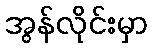
အွန်လိုင်းမှာ